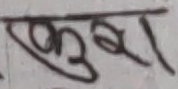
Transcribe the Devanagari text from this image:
खुट्टा